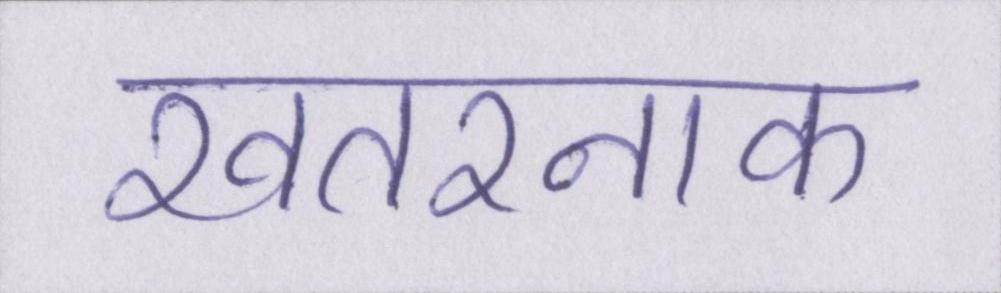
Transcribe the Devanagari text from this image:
खतरनाक